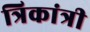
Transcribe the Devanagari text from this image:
त्रिकांत्री